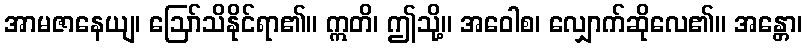
အာမဇာနေယျ၊ ဩော်သိနိုင်ရာ၏။ ဣတိ၊ ဤသို့။ အဝေါစ၊ လျှောက်ဆိုလေ၏။ အန္တော၊